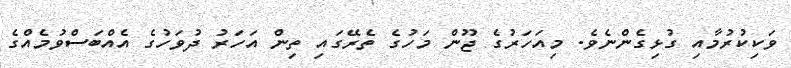
ވަކިކުރުމާއި ގުޅިގެންނެވެ. މިއަހަރުގެ ޖޫން މަހުގެ ތެރޭގައި ތިން އަހަރު ދުވަހުގެ އެއްބަސްވުމެއްގެ